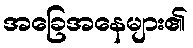
အခြေအနေများ၏